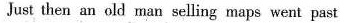
Just then an old man selling maps went past